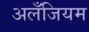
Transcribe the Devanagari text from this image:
अलँजियम